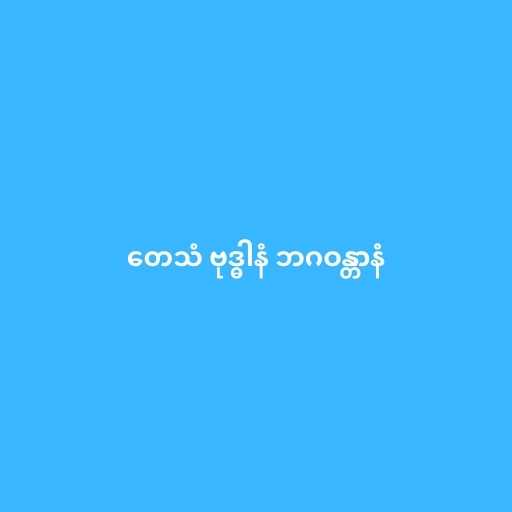
တေသံ ဗုဒ္ဓါနံ ဘဂဝန္တာနံ